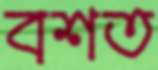
বশত